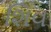
શિવ